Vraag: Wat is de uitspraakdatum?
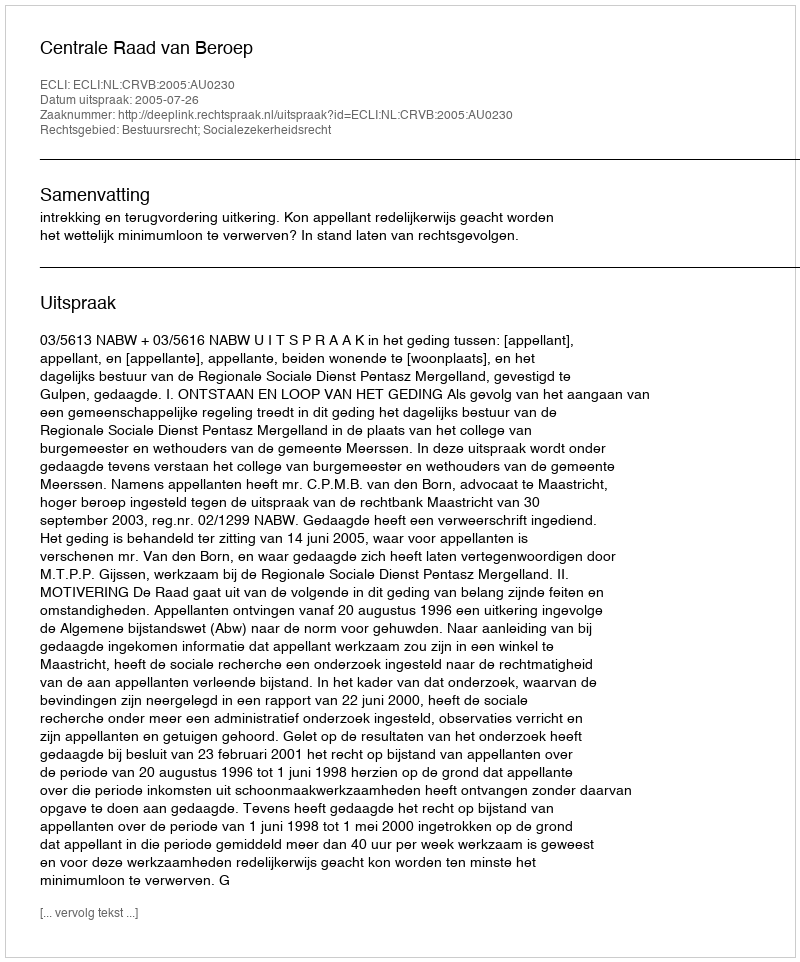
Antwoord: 2005-07-26